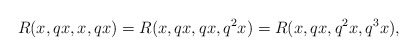
\begin{align*} R(x,qx,x,qx)=R(x,qx,qx,q^{2}x )=R(x,qx,q^{2}x,q^{3}x), \end{align*}